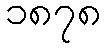
၁၈၇၈